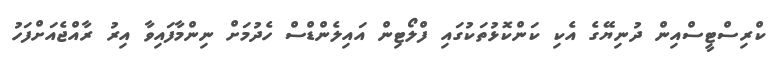
ކްރިސްޓީސްއިން ދުނިޔޭގެ އެކި ކަންކޮޅުތަކުގައި ފްލޯޓިން އައިލެންޑްސް ހެދުމަށް ނިންމާފައިވާ އިރު ރާއްޖެއަށްފަހު